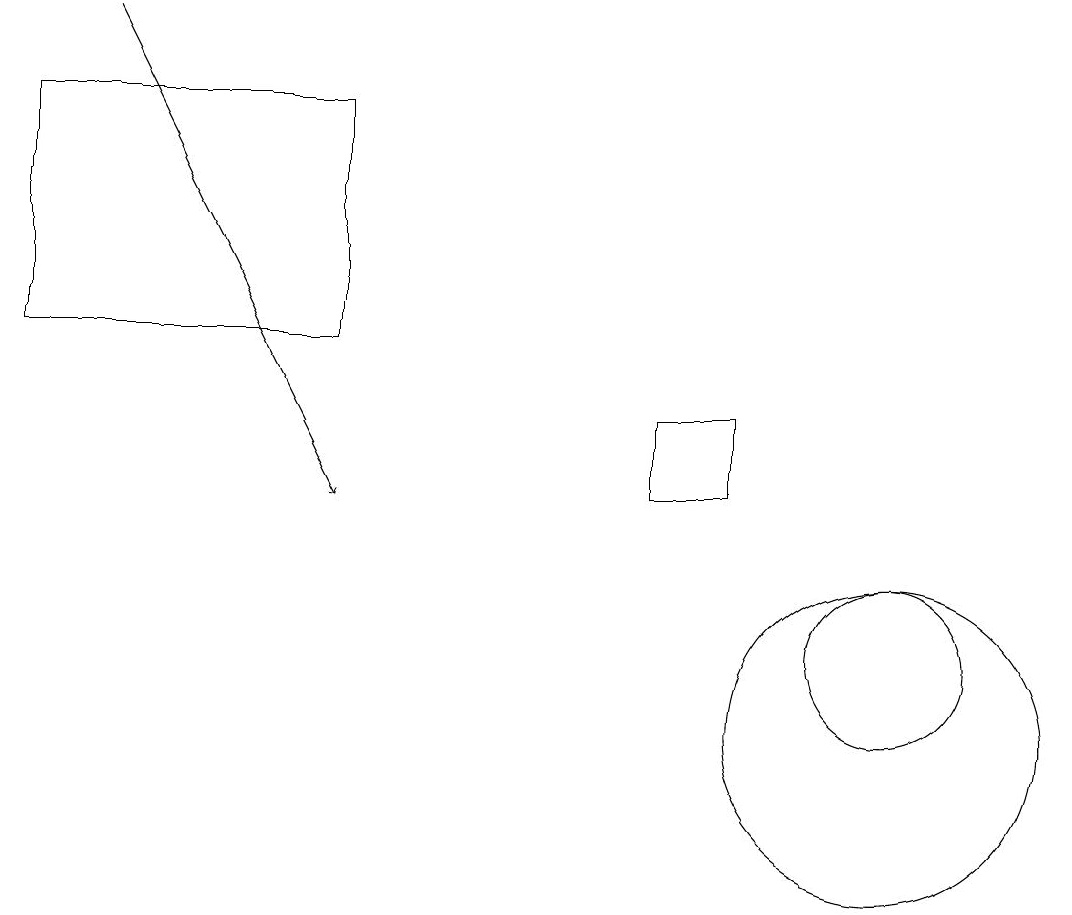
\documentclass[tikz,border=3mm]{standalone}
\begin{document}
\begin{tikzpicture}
\draw (8,13) rectangle (9,14);
\draw (11,11) circle (1);
\draw (11,10) circle (2);
\draw[->] (1,19) -- (4,13);
\draw (0,18) rectangle (4,15);
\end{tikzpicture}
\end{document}